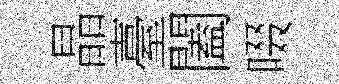
晶臺闔啜